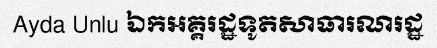
Ayda Unlu ឯកអគ្គរដ្ឋទូតសាធារណរដ្ឋ